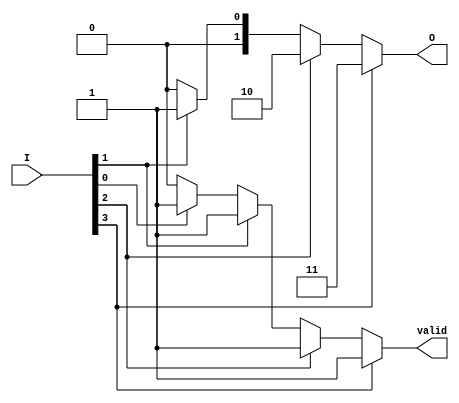
module binary_encoder (
    input wire [3:0] I,        // 4 input lines
    output reg [1:0] O,        // 2 output lines
    output reg valid           // Output to indicate valid encoding
);

    always @(*) begin
        // Default values
        O = 2'b00;              // Default output
        valid = 1'b0;          // Default valid to low

        // Check the input lines starting from the highest priority
        if (I[3]) begin
            O = 2'b11;          // I3 is active
            valid = 1'b1;
        end else if (I[2]) begin
            O = 2'b10;          // I2 is active
            valid = 1'b1;
        end else if (I[1]) begin
            O = 2'b01;          // I1 is active
            valid = 1'b1;
        end else if (I[0]) begin
            O = 2'b00;          // I0 is active
            valid = 1'b1;
        end
        // If none are active, O remains 00 and valid remains 0
    end

endmodule